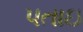
પતાઇ